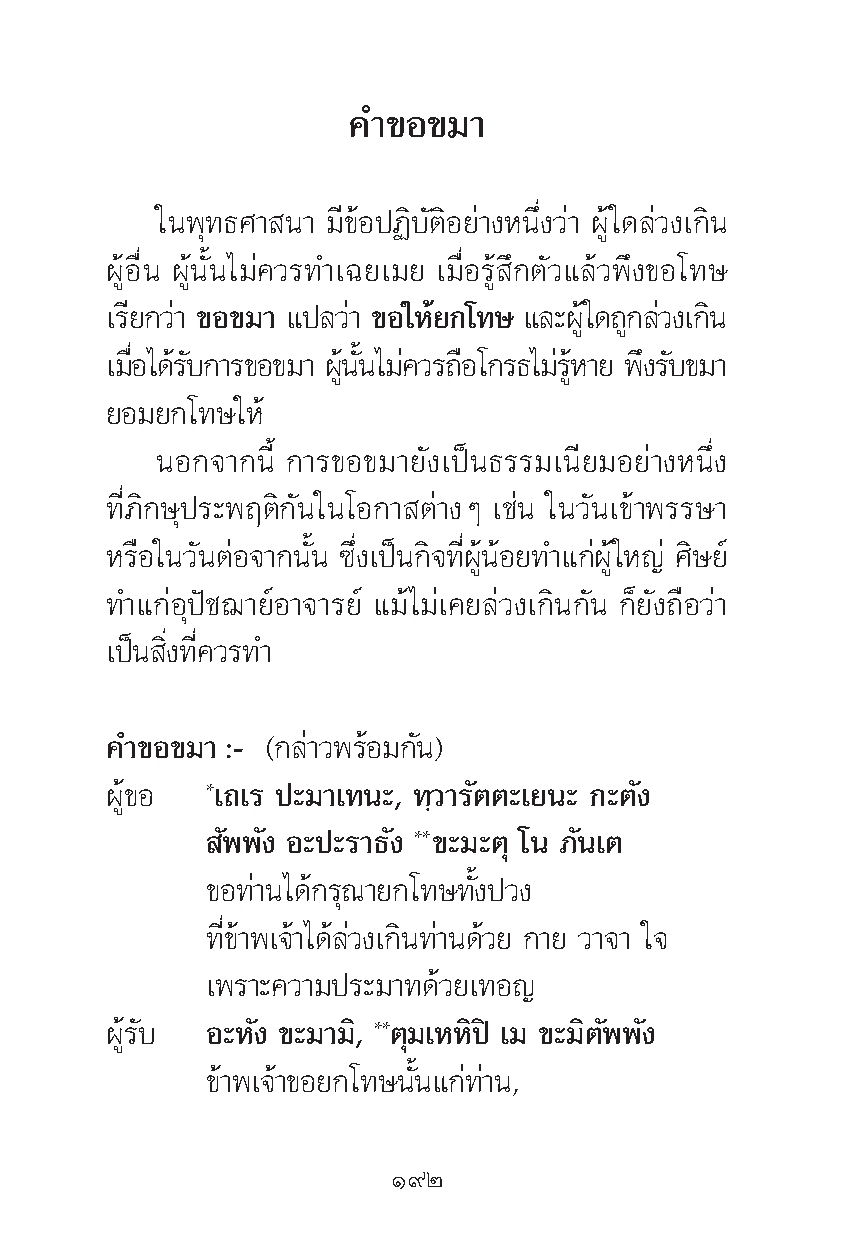
§”¢Õ¢¡“
 „πæÿ∑∏»“ π“ ¡’¢âÕªØ‘∫—μ‘Õ¬à“ßÀπ÷Ëß«à“ ºŸâ„¥≈à«ß‡°‘π
 ºŸâÕ◊Ëπ ºŸâπ—Èπ‰¡à§«√∑”‡©¬‡¡¬ ‡¡◊ËÕ√Ÿâ ÷°μ—«·≈â«æ÷ß¢Õ‚∑…
 ‡√¬’ °«“à ¢Õ¢¡“ ·ª≈«“à ¢Õ„À¬â °‚∑… ·≈–ºŸâ„¥∂°Ÿ ≈«à ß‡°π‘
 ‡¡Õ◊Ë ‰¥√â ∫— °“√¢Õ¢¡“ ºπŸâ π—È ‰¡§à «√∂Õ◊ ‚°√∏‰¡√à ÀŸâ “¬ æß÷ √∫— ¢¡“
 ¬Õ¡¬°‚∑…„Àâ
 πÕ°®“°π’È °“√¢Õ¢¡“¬—ß‡ªìπ∏√√¡‡π’¬¡Õ¬à“ßÀπ÷Ëß
 ∑’Ë¿‘°…ÿª√–æƒμ‘°—π„π‚Õ°“ μà“ßÊ ‡™àπ „π«—π‡¢â“æ√√…“
 À√◊Õ„π«—πμàÕ®“°π—Èπ ´÷Ëß‡ªìπ°‘®∑’ËºŸâπâÕ¬∑”·°àºŸâ„À≠à »‘…¬å
 ∑”·°àÕÿªí™¨“¬åÕ“®“√¬å ·¡â‰¡à‡§¬≈à«ß‡°‘π°—π °Á¬—ß∂◊Õ«à“
 ‡ªìπ ‘Ëß∑’Ë§«√∑”
 §”¢Õ¢¡“ :- (°≈à“«æ√âÕ¡°—π)
 ºŸâ¢Õ  *‡∂‡√ ª–¡“‡∑π–, ∑⁄«“√—μμ–‡¬π– °–μ—ß
 —ææ—ß Õ–ª–√“∏—ß **¢–¡–μÿ ‚π ¿—π‡μ
 ¢Õ∑à“π‰¥â°√ÿ≥“¬°‚∑…∑—Èßª«ß
 ∑’Ë¢â“æ‡®â“‰¥â≈à«ß‡°‘π∑à“π¥â«¬ °“¬ «“®“ „®
 ‡æ√“–§«“¡ª√–¡“∑¥â«¬‡∑Õ≠
 ºŸâ√—∫ Õ–À—ß ¢–¡“¡‘, **μÿ¡‡ÀÀ‘ªî ‡¡ ¢–¡‘μ—ææ—ß
 ¢â“æ‡®â“¢Õ¬°‚∑…π—Èπ·°à∑à“π,
 Ò˘Ú